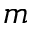
m